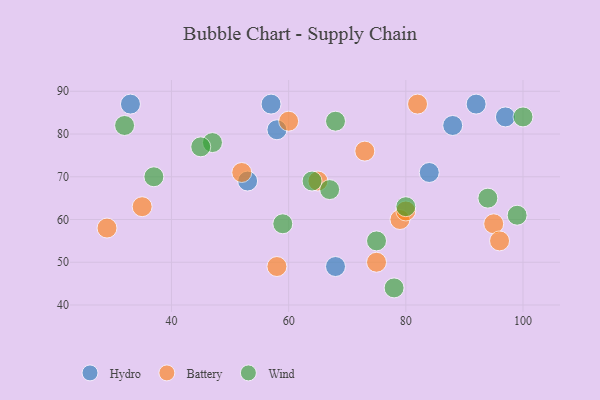
{"axis": {"x": "GDP", "y": "Life Expectancy"}, "legend": ["Battery", "Hydro", "Wind"], "data": [{"x": "68", "y": 49, "type": "Hydro"}, {"x": "58", "y": 81, "type": "Hydro"}, {"x": "84", "y": 71, "type": "Hydro"}, {"x": "97", "y": 84, "type": "Hydro"}, {"x": "88", "y": 82, "type": "Hydro"}, {"x": "33", "y": 87, "type": "Hydro"}, {"x": "57", "y": 87, "type": "Hydro"}, {"x": "53", "y": 69, "type": "Hydro"}, {"x": "92", "y": 87, "type": "Hydro"}, {"x": "95", "y": 59, "type": "Battery"}, {"x": "75", "y": 50, "type": "Battery"}, {"x": "79", "y": 60, "type": "Battery"}, {"x": "29", "y": 58, "type": "Battery"}, {"x": "82", "y": 87, "type": "Battery"}, {"x": "96", "y": 55, "type": "Battery"}, {"x": "80", "y": 62, "type": "Battery"}, {"x": "52", "y": 71, "type": "Battery"}, {"x": "60", "y": 83, "type": "Battery"}, {"x": "65", "y": 69, "type": "Battery"}, {"x": "73", "y": 76, "type": "Battery"}, {"x": "35", "y": 63, "type": "Battery"}, {"x": "58", "y": 49, "type": "Battery"}, {"x": "100", "y": 84, "type": "Wind"}, {"x": "47", "y": 78, "type": "Wind"}, {"x": "68", "y": 83, "type": "Wind"}, {"x": "80", "y": 63, "type": "Wind"}, {"x": "37", "y": 70, "type": "Wind"}, {"x": "59", "y": 59, "type": "Wind"}, {"x": "94", "y": 65, "type": "Wind"}, {"x": "67", "y": 67, "type": "Wind"}, {"x": "64", "y": 69, "type": "Wind"}, {"x": "75", "y": 55, "type": "Wind"}, {"x": "32", "y": 82, "type": "Wind"}, {"x": "99", "y": 61, "type": "Wind"}, {"x": "78", "y": 44, "type": "Wind"}, {"x": "45", "y": 77, "type": "Wind"}]}